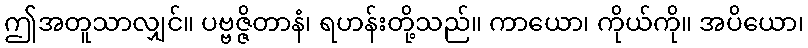
ဤအတူသာလျှင်။ ပဗ္ဗဇ္ဇိတာနံ၊ ရဟန်းတို့သည်။ ကာယော၊ ကိုယ်ကို။ အပိယော၊